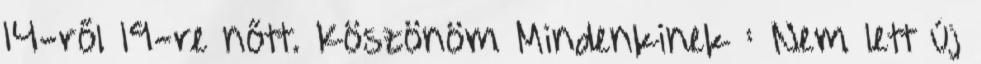
14-ről 19-re nőtt. Köszönöm Mindenkinek : Nem lett új